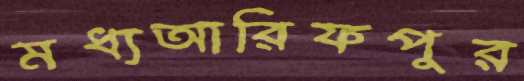
মধ্যআরিফপুর